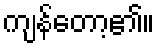
ကျန်တော့၏။